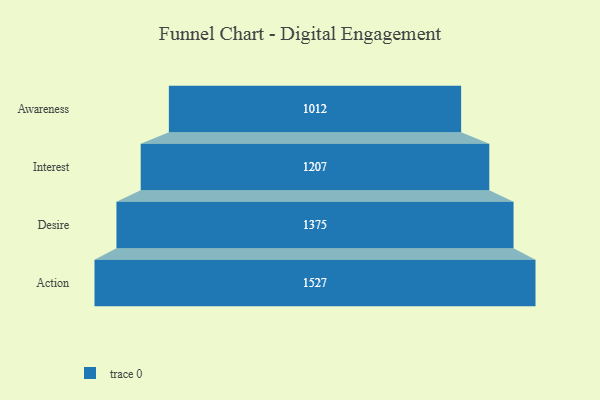
{"axis": {"x": "Stage", "y": "Value"}, "legend": [""], "data": [{"x": "Awareness", "y": 1012.0, "type": ""}, {"x": "Interest", "y": 1207.0, "type": ""}, {"x": "Desire", "y": 1375.0, "type": ""}, {"x": "Action", "y": 1527.0, "type": ""}]}